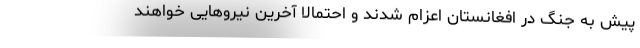
پیش به جنگ در افغانستان اعزام شدند و احتمالاً آخرین نیروهایی خواهند